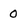
Character: 0